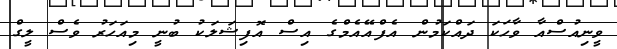
ވީނިއުސްއާ ވާހަކަ ދައްކަމުން އެފްއޭއެމްގެ އިސް އޮފިޝަލަކު ބުނީ މިއަހަރު ވެސް ލީގް